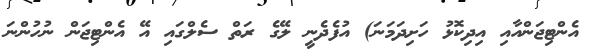
އެންޓިޖަންއާއި އިދިކޮޅު ހަށިދަމަނަ) އުފެދެނީ ލޭގެ ރަތް ސެލްގައި އޭ އެންޓިޖަން ނުހުންނަ